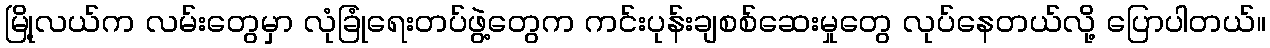
မြို့လယ်က လမ်းတွေမှာ လုံခြုံရေးတပ်ဖွဲ့တွေက ကင်းပုန်းချစစ်ဆေးမှုတွေ လုပ်နေတယ်လို့ ပြောပါတယ်။